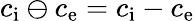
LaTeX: c_{\mathrm{i}}\ominus c_{\mathrm{e}}=c_{\mathrm{i}}-c_{\mathrm{e}}